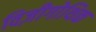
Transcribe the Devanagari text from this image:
विज़ीगोथिक